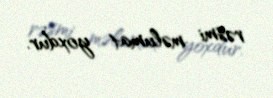
rəsmi məlumat yoxdur.